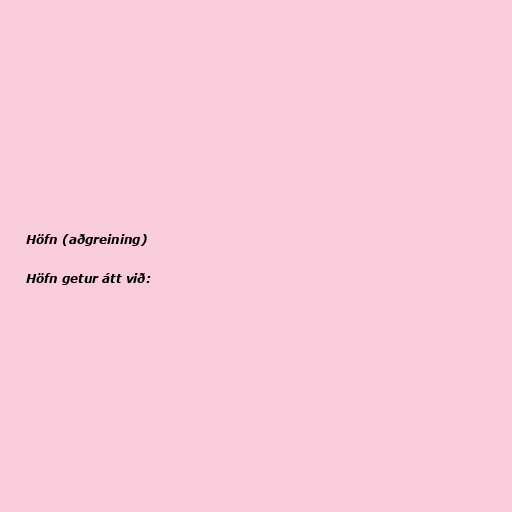
Höfn (aðgreining)

Höfn getur átt við: